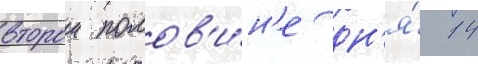
второи полов'и́н'е дн'я́ 14